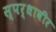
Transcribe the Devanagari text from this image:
स्पर्धावीर